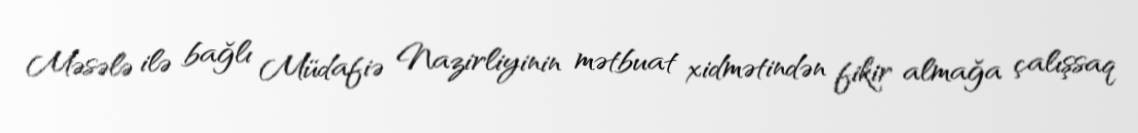
Məsələ ilə bağlı Müdafiə Nazirliyinin mətbuat xidmətindən fikir almağa çalışsaq